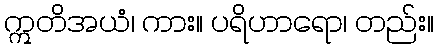
ဣတိအယံ၊ ကား။ ပရိဟာရော၊ တည်း။